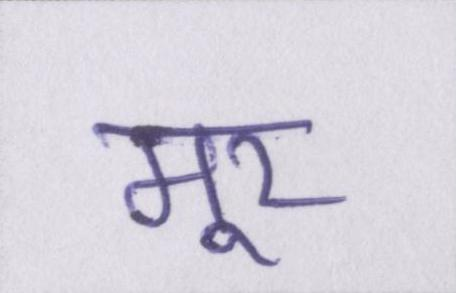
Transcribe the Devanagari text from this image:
मूर